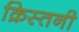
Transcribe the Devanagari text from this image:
क्रिस्तनी